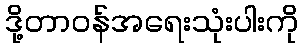
ဒို့တာဝန်အရေးသုံးပါးကို